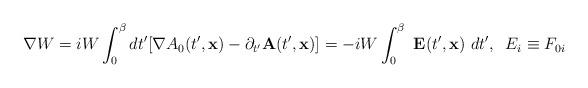
LaTeX: \begin{align*}{\bf \nabla} W = iW \int^\beta_0 dt^{\prime} [\nabla A_0 (t^{\prime}, {\bf x}) -\partial_{t^{\prime}} {\bf A} (t^{\prime}, {\bf x})] =-iW\int^\beta_0~{\bf E}(t^{\prime},{\bf x})~dt^{\prime}, \;\; E_i \equiv F_{0i}\end{align*}